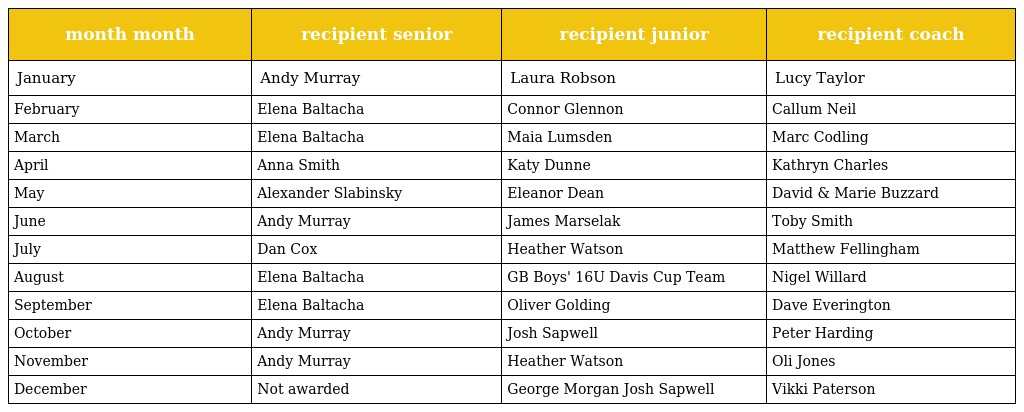
| month month | recipient senior | recipient junior | recipient coach |
 | --- | --- | --- | --- |
 | January | Andy Murray | Laura Robson | Lucy Taylor |
 | February | Elena Baltacha | Connor Glennon | Callum Neil |
 | March | Elena Baltacha | Maia Lumsden | Marc Codling |
 | April | Anna Smith | Katy Dunne | Kathryn Charles |
 | May | Alexander Slabinsky | Eleanor Dean | David & Marie Buzzard |
 | June | Andy Murray | James Marselak | Toby Smith |
 | July | Dan Cox | Heather Watson | Matthew Fellingham |
 | August | Elena Baltacha | GB Boys' 16U Davis Cup Team | Nigel Willard |
 | September | Elena Baltacha | Oliver Golding | Dave Everington |
 | October | Andy Murray | Josh Sapwell | Peter Harding |
 | November | Andy Murray | Heather Watson | Oli Jones |
 | December | Not awarded | George Morgan Josh Sapwell | Vikki Paterson |